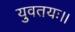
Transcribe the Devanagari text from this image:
युवतयः।।